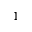
1